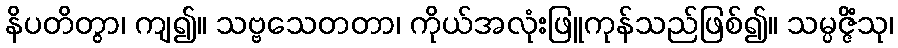
နိပတိတွာ၊ ကျ၍။ သဗ္ဗသေတတာ၊ ကိုယ်အလုံးဖြူကုန်သည်ဖြစ်၍။ သမ္ပဇ္ဇိံသု၊